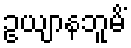
ဥယျာနဘူမိံ